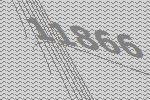
11866